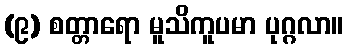
(၉) စတ္တာရော မူသိကူပမာ ပုဂ္ဂလာ။